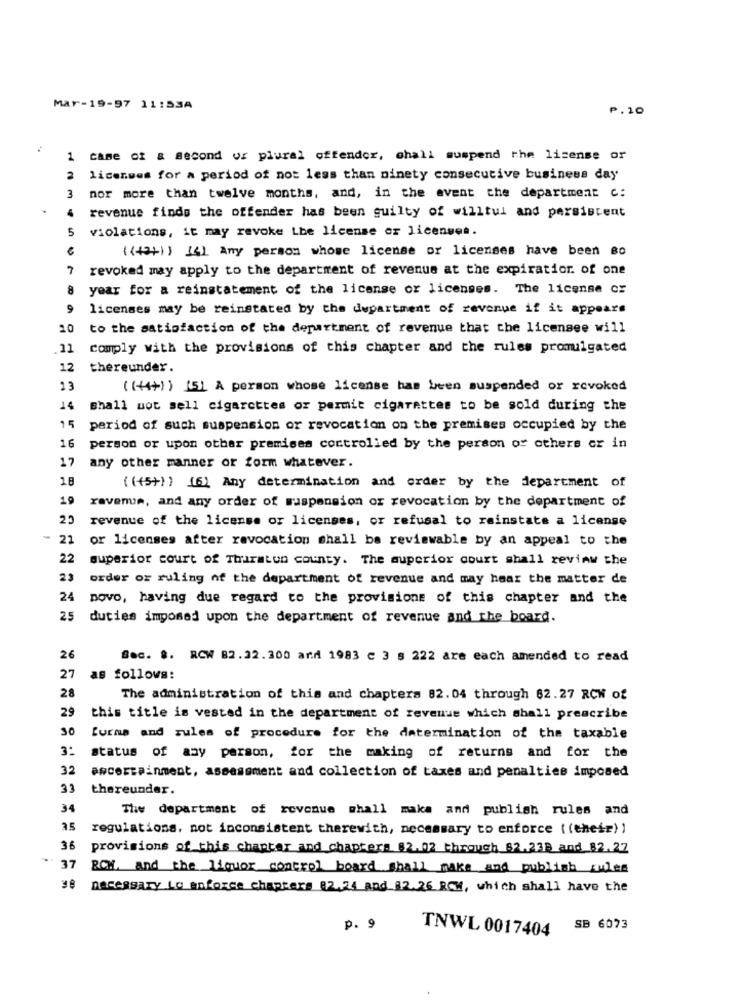
Mar-19-97 11:53A
P.10
1 case of a second of plural offender, chall suspend the license or
2
licenses for a period of not less than ninety consecutive business day
3
nor more than twelve months, and, in the event the department c:
4
revenue finds the offender has been guilty of willtul and persistent
5
violations, it may revoke Lhe license or licenses.
((+3+) ) (4) Any person whose license or licenses have been so
7
revoked may apply to the department of revenue at the expiration of one
year for a reinstatement of the license or licenses. The license or
9
licenses may be reinstated by the department of revenue if it appears
20
to the satisfaction of the department of revenue that the licensee will
11
comply with the provisions of this chapter and the rules promulgated
12
thereunder.
13
( (44+) ) (5) A person whose license has been suspended or revoked
14
Shall not sell cigarettes or permit cigarettes to be sold during the
15
period of such suspension or revocation on the premises occupied by the
16
person or upon other premises controlled by the person of others or in
17
any other manner or form whatever.
18
( ((5+) ) (6) Any determination and order by the department of
19
ravenue, and any order of suspension or revocation by the department of
25
revenue of the license or licenses, or refusal to reinstate a license
21
or licenses after revocation shall be reviewable by an appeal to the
22
superior court of Thurston county. The superior court shall review the
23
order or ruling of the department of revenue and may hear the matter de
24
novo, having due regard to the provisions of this chapter and the
25
duties imposed upon the department of revenue and the board.
26
Bec. #. RCW 82.22.300 and 1983 c 3 s 222 are each amended to read
27
as follows:
28
The administration of this and chapters 82.04 through 82.27 RCW of
29
this title is vested in the department of revenue which shall prescribe
30
Turns and rules of procedure for the determination of the taxable
3:
status of any person, for the making of returns and for the
32
ascertainment, assessment and collection of taxes and penalties imposed
33
thereunder.
34
The department of revenue shall maka and publish rules and
35
regulations, not inconsistent therewith, necessary to enforce ( (their) )
36
provisions of this chapter and chapters $2.02 through $2.238 and 82.27
37
PCX, and _the_liquor control board shall make and publish cules
98 necessary to enforce chapters 82,24 and 12.26 RCM, which shall have the
p. 9
TNWL 0017404
SB 6073